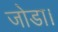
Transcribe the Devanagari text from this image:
जोडा।